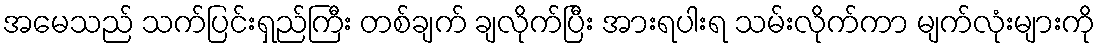
အမေသည် သက်ပြင်းရှည်ကြီး တစ်ချက် ချလိုက်ပြီး အားရပါးရ သမ်းလိုက်ကာ မျက်လုံးများကို